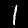
Digit: 1